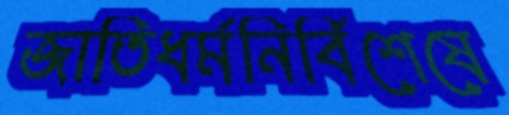
জাতিধর্মনির্বিশেষে